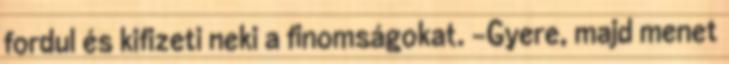
fordul és kifizeti neki a finomságokat. -Gyere, majd menet